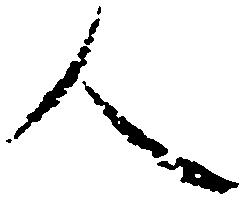
人